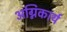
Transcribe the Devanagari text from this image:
अग्निकार्य